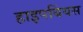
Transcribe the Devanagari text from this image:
हाइपबिंयस